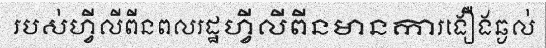
របស់ហ្វីលីពីនពលរដ្ឋហ្វីលីពីនមានការងឿងឆ្ងល់